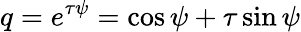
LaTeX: q=e^{\tau\psi}=\cos\psi+\tau\sin\psi